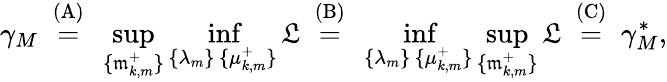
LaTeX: \gamma_{M}~\stackrel{\mathrm{(A)}}{=}~\operatorname*{sup}_{\{ \mathfrak{m}_{k,m}^{+}\} }\operatorname*{inf}_{\substack{\{ \lambda_{m}\} \, \{ \mu_{k,m}^{+}\} }}\mathfrak{L}~\stackrel{\mathrm{(B)}}{=}~\operatorname*{inf}_{\substack{\{ \lambda_{m}\} \, \{ \mu_{k,m}^{+}\} }}\operatorname*{sup}_{\{ \mathfrak{m}_{k,m}^{+}\} }\mathfrak{L}~\stackrel{\mathrm{(C)}}{=}~\gamma_{M}^{\ast},